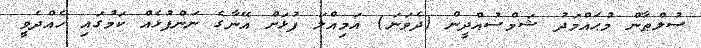
ސުލްޠާން މުޙައްމަދު ޝަމްސުއްދީން (ދެވަނަ) އަމިއްލަ ފުޅަށް އޭނާގެ ނަންފުޅެއް ކަމުގައި ހެއްދެވީ